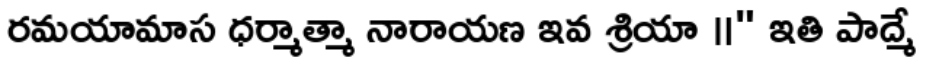
రమయామాస ధర్మాత్మా నారాయణ ఇవ శ్రియా ॥" ఇతి పాద్మే